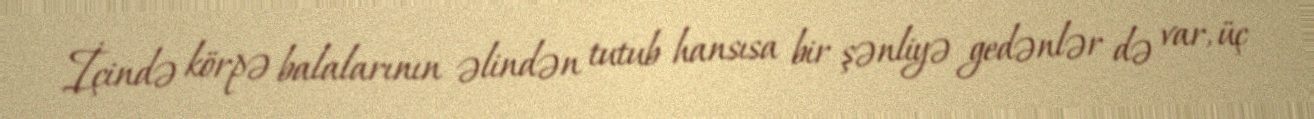
İçində körpə balalarının əlindən tutub hansısa bir şənliyə gedənlər də var, üç